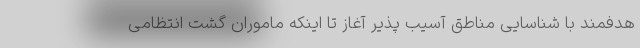
هدفمند با شناسایی مناطق آسیب پذیر آغاز تا اینکه ماموران گشت انتظامی